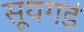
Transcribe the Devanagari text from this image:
सूयगडं